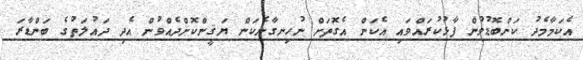
އެކަމާމެދު ކަންބޮޑުވުން ފާޅުކުރައްވައި އެކަން އެގޮތަށް ނުހިނގާނެކަން ޔަޤީންކޮށްދެއްވުން އެދި ދައުލަތުގެ ބަންޑާރަ